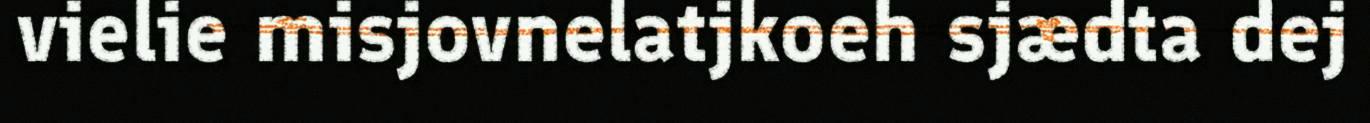
vielie misjovnelatjkoeh sjædta dej